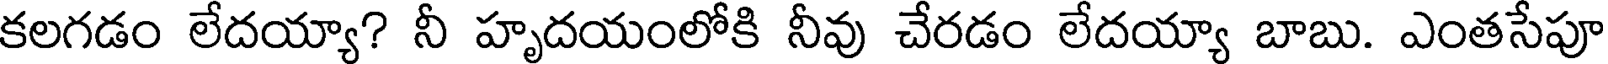
కలగడం లేదయ్యా? నీ హృదయంలోకి నీవు చేరడం లేదయ్యా బాబు. ఎంతసేపూ